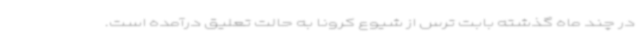
در چند ماه گذشته بابت ترس از شیوع کرونا به حالت تعلیق درآمده است.